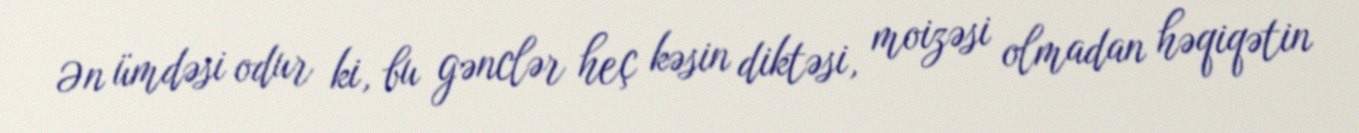
Ən ümdəsi odur ki, bu gənclər heç kəsin diktəsi, moizəsi olmadan həqiqətin